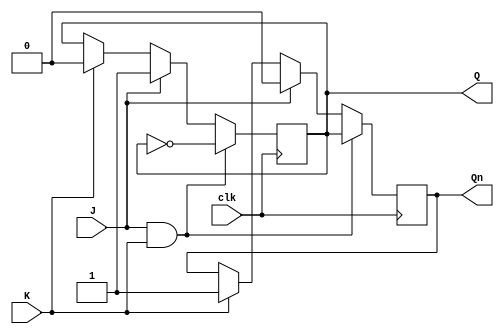
module jk_flip_flop (
    input J, // set input
    input K, // reset input
    input clk, // clock input
    output reg Q, // output
    output reg Qn // complement output
);

always @ (posedge clk)
begin
    if (J && K) // if both J and K are high, toggle output
        begin
            Q <= ~Q;
            Qn <= Q;
        end
    else if (J) // set output to high
        begin
            Q <= 1;
            Qn <= 0;
        end
    else if (K) // reset output to low
        begin
            Q <= 0;
            Qn <= 1;
        end
end

endmodule